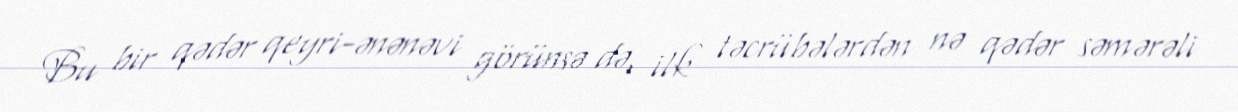
Bu bir qədər qeyri-ənənəvi görünsə də, ilk təcrübələrdən nə qədər səmərəli